Lunatic asylums Bombay report 1878-1890 - 1878-1890
Year: 1878
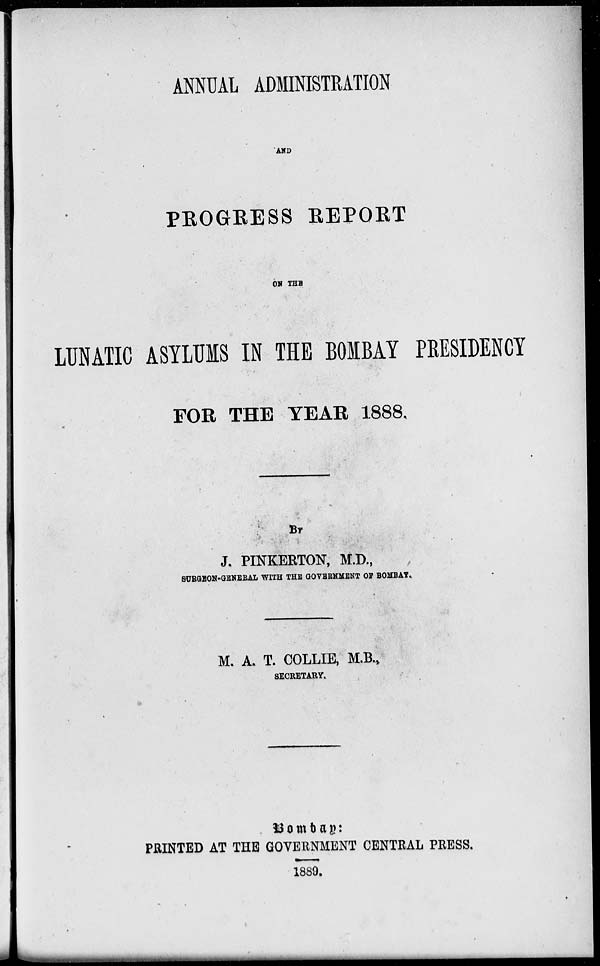
ANNUAL ADMINISTRATION
AND
PROGRESS REPORT
ON THE
LUNATIC ASYLUMS IN THE BOMBAY PRESIDENCY
FOR THE YEAR 1888.
BY
J. PINKERTON, M.D.,
SURGEON-GENERAL WITH THE GOVERNMENT OF BOMBAY.
M. A. T. COLLIE, M.B.,
SECRETARY.
Bombay:
PRINTED AT THE GOVERNMENT CENTRAL PRESS.
1889.